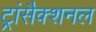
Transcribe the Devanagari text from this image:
ट्रांसैक्शनल